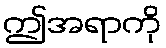
ဤအရာကို